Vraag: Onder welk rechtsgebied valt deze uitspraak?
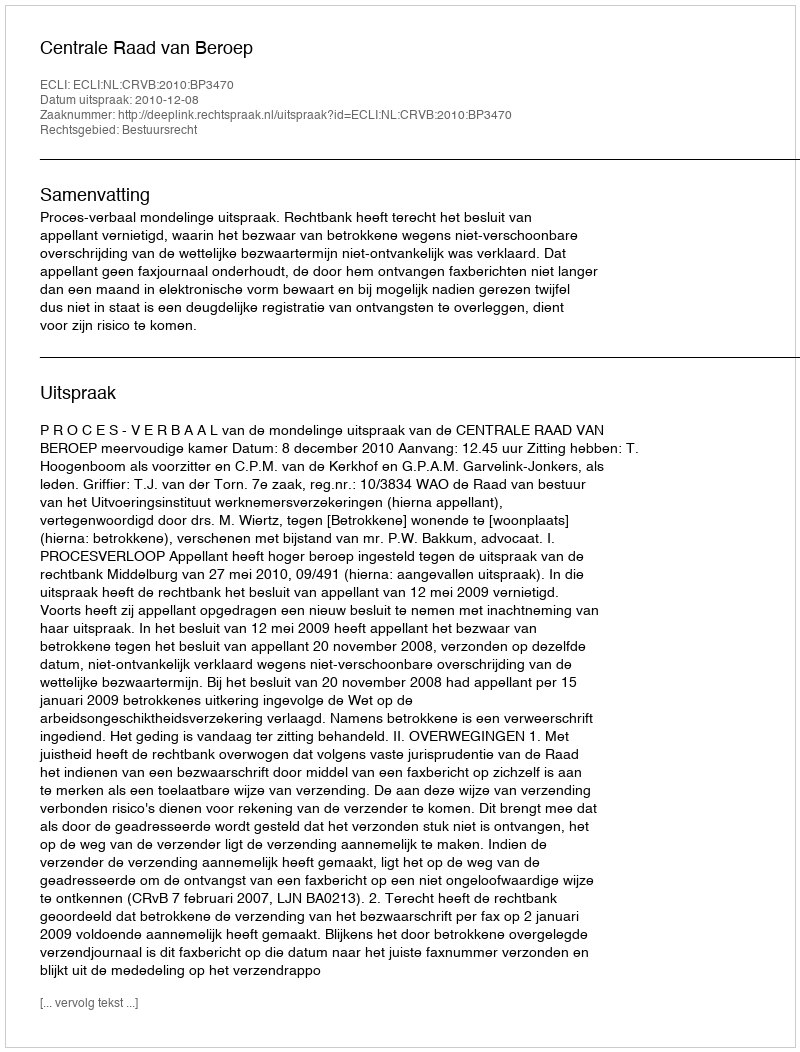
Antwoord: Bestuursrecht